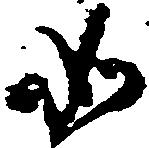
如